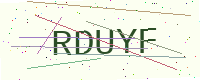
Text: RDUYF